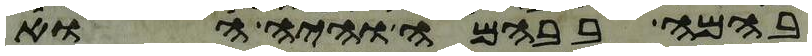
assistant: בהמה בבהמה והיה הוא